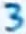
Text: 3